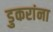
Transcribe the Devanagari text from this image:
डुकरांना